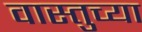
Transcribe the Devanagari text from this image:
वास्तुच्या